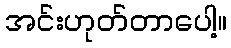
အင်းဟုတ်တာပေါ့။